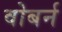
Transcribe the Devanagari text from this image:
वोबर्न